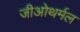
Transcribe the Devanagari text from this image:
जीओथर्मल